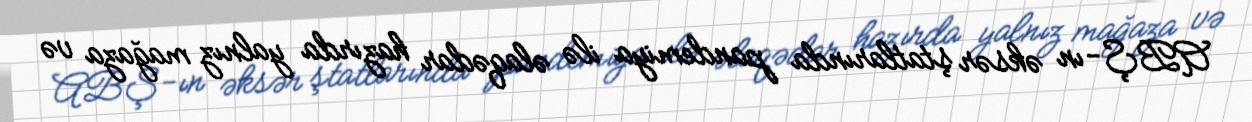
ABŞ-ın əksər ştatlarında pandemiya ilə əlaqədar hazırda yalnız mağaza və